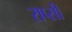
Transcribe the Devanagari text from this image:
राप्सी